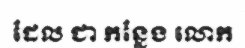
ដែល ជា កន្លែង លោក